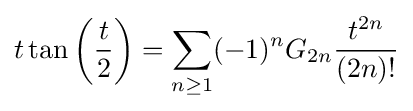
t\tan \left({\frac {t}{2}}\right)=\sum _{n\geq 1}(-1)^{n}G_{2n}{\frac {t^{2n}}{(2n)!}}